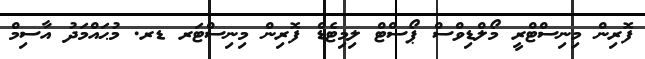
ފޮރިން މިނިސްޓްރީ މޯލްޑިވްސް ޕޯސްޓް ލިމިޓެޑް ފޮރިން މިނިސްޓަރ ޑރ. މުޙައްމަދު އާސިމް